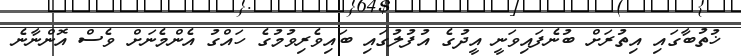
ޚުތުބާގައި އިތުރަށް ބުނެފައިވަނީ އީދުގެ އުފުލުގައި ބައިވެރިވުމުގެ ހައްގު އެންމެނަށް ވެސް އޮންނާނެ